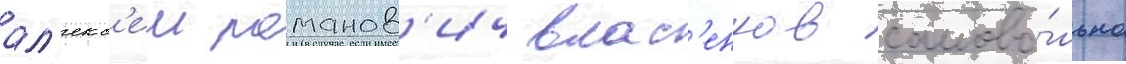
ал'екс'еи романов'ич влас'енков самово́льно